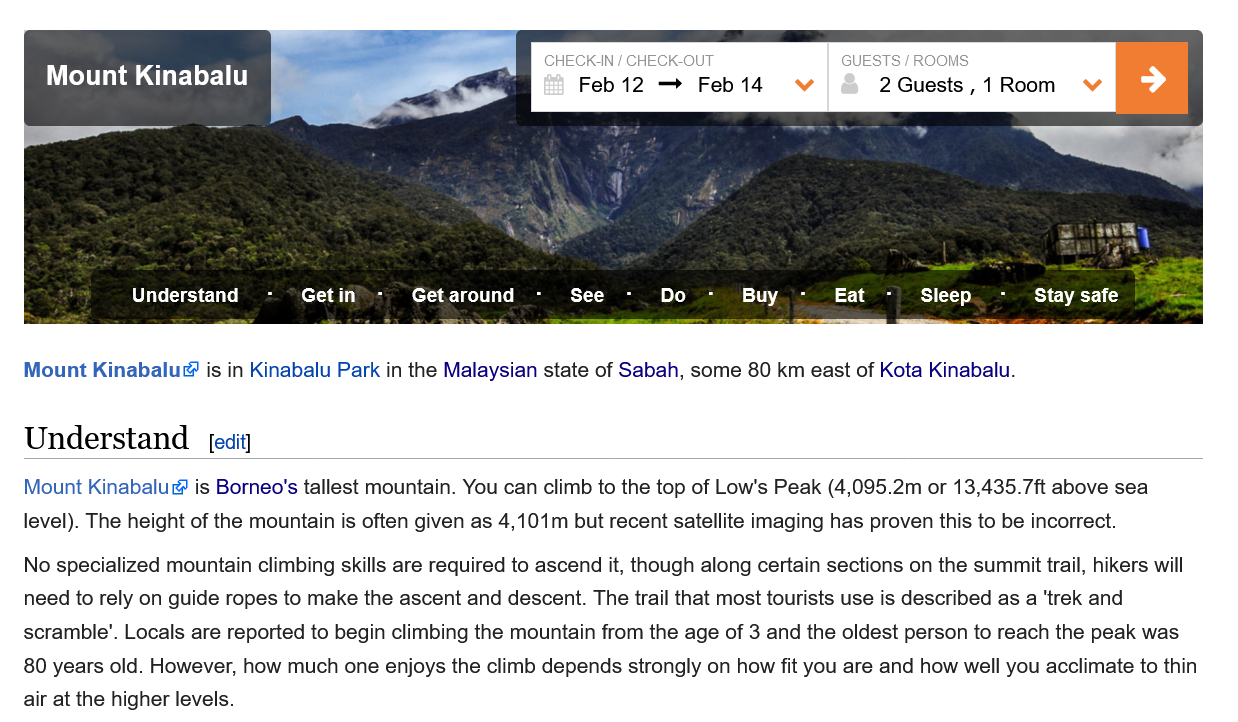
Mount   Kinabalu

     CHECK-IN
     /
     CHECK-OUT
     Feb12  —   Feb 14
     GUESTS
     /
     ROOMS
     2Guests,1   Room   Vv
     Understand    Getin    Get around    bro    Do    Buy    Eat    Sleep.    PACT lid
     Mount  Kinabalu    Og
     12 —   Feb 14    2 Guests
     ,
     1 Room
   as
     g    ORES
     One
     >
     Understand
     -
     Getin»-    Getaround
     -
     See
     -
     Do
     -
     Buy
     -
     Eat
     -
     Sleep.
     -
     Staysafe %

     1G Mount Kinabalu® is in Kinabalu Park in the Malaysian state of Sabah, some 80 km east of Kota Kinabalu.
   Understand    [edit]
   Mount Kinabalu is Borneo's tallest mountain. You can climb to the top of Low's Peak (4,095.2m or 13,435.7ft above sea
   level). The height of the mountain is often given as 4,101m but recent satellite imaging has proven this to be incorrect.
   No specialized mountain climbing skills are required to ascend it, though along certain sections on the summit trail, hikers will
   need to rely on guide ropes to make the ascent and descent. The trail that most tourists use is described as a ‘trek and
   scramble’. Locals are reported to begin climbing the mountain from the age of 3 and the oldest person to reach the peak was
   80 years old. However, how much one enjoys the climb depends strongly on how fit you are and how well you acclimate to thin
   air at the higher levels.